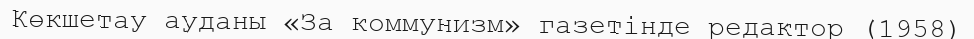
Көкшетау ауданы «За коммунизм» газетінде редактор (1958)